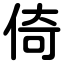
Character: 倚